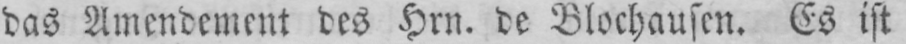
das Amendement des Hrn. de Blochausen. Es ist